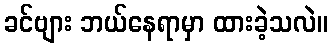
ခင်ဗျား ဘယ်နေရာမှာ ထားခဲ့သလဲ။